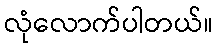
လုံလောက်ပါတယ်။